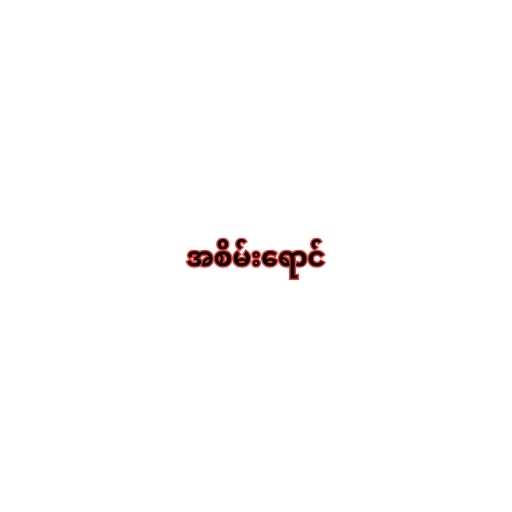
အစိမ်းရောင်